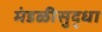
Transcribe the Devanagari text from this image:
मंडळीसुद्धा